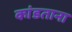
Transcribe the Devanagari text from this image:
कांडताना